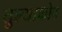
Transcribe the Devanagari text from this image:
तुल्याकोव